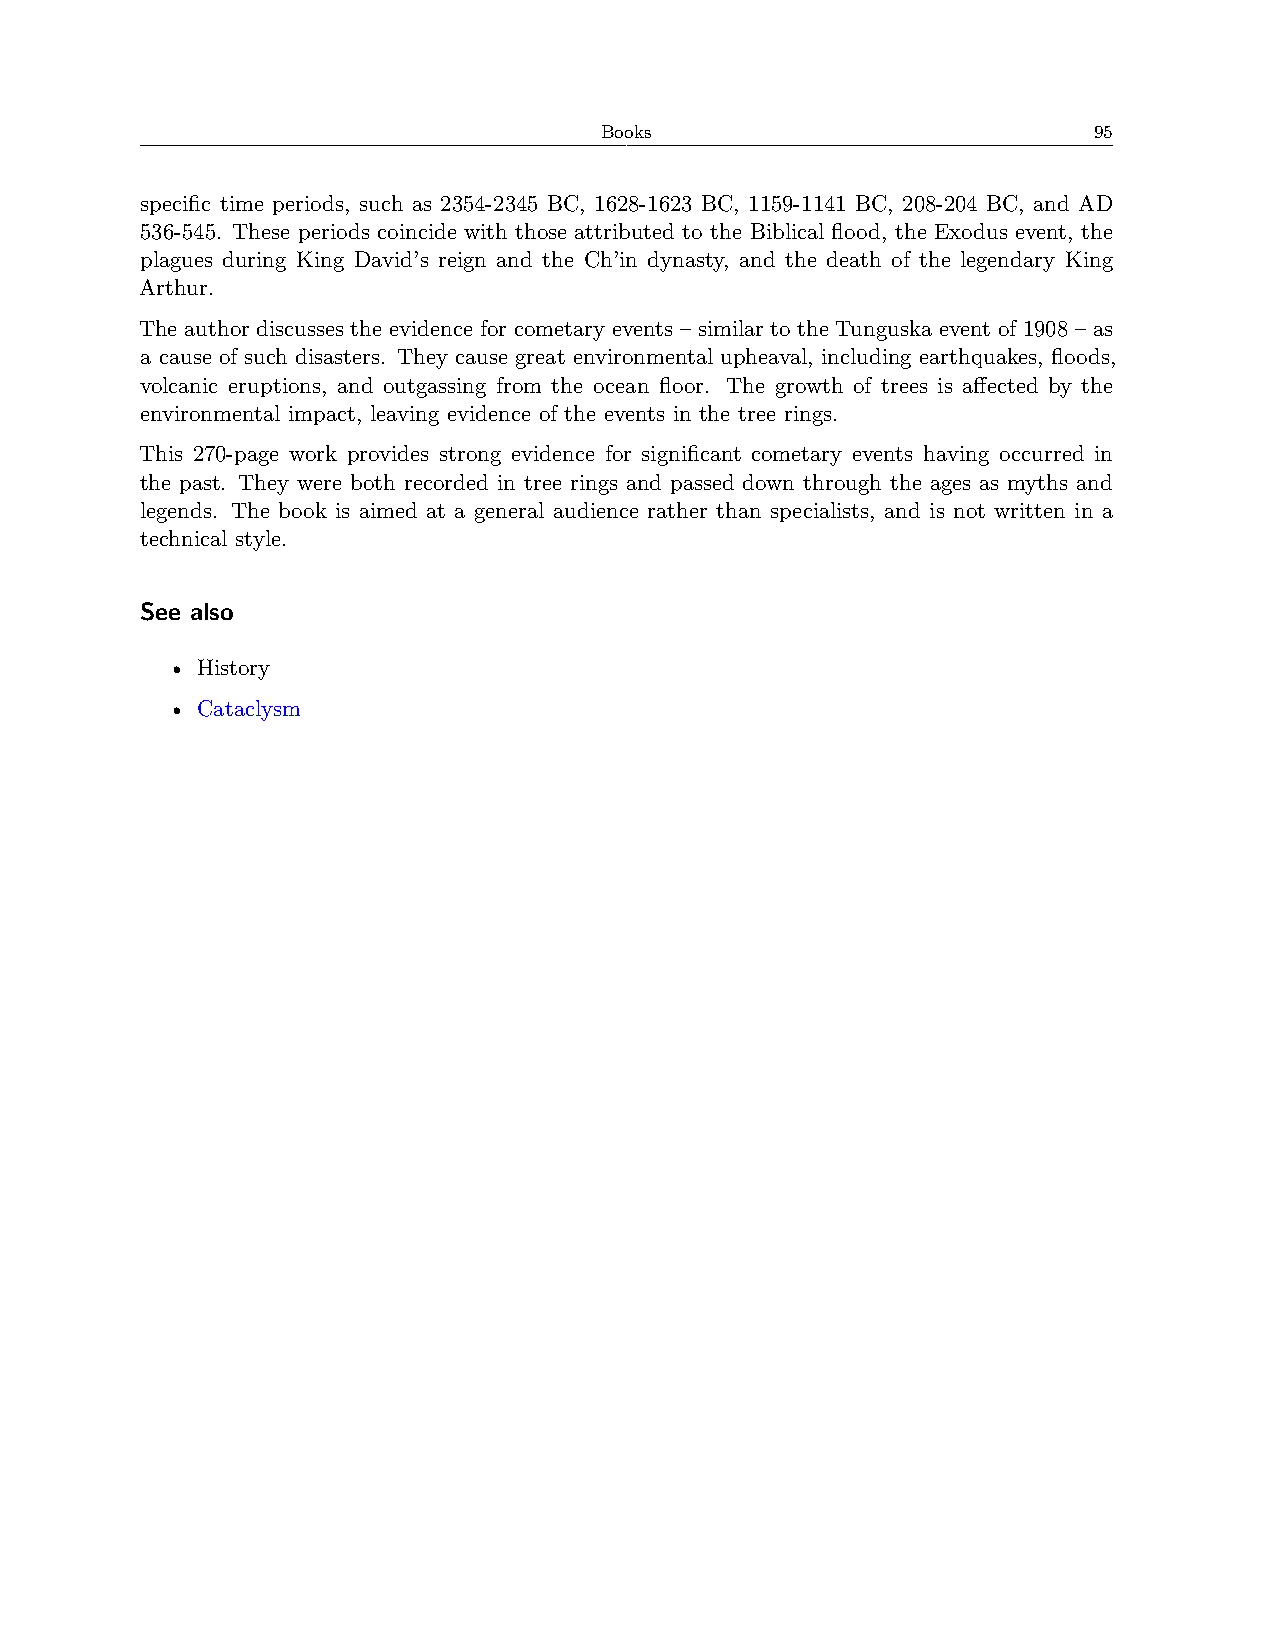
Books                           95
 specific time periods, such as 2354-2345 BC, 1628-1623 BC, 1159-1141 BC, 208-204 BC, and AD
 536-545. These periods coincide with those attributed to the Biblical flood, the Exodus event, the
 plagues during King David’s reign and the Ch’in dynasty, and the death of the legendary King
 Arthur.
 The author discusses the evidence for cometary events – similar to the Tunguska event of 1908 – as
 a cause of such disasters. They cause great environmental upheaval, including earthquakes, floods,
 volcanic eruptions, and outgassing from the ocean floor. The growth of trees is affected by the
 environmental impact, leaving evidence of the events in the tree rings.
 This 270-page work provides strong evidence for significant cometary events having occurred in
 the past. They were both recorded in tree rings and passed down through the ages as myths and
 legends. The book is aimed at a general audience rather than specialists, and is not written in a
 technical style.
 See also
 • History
 • Cataclysm